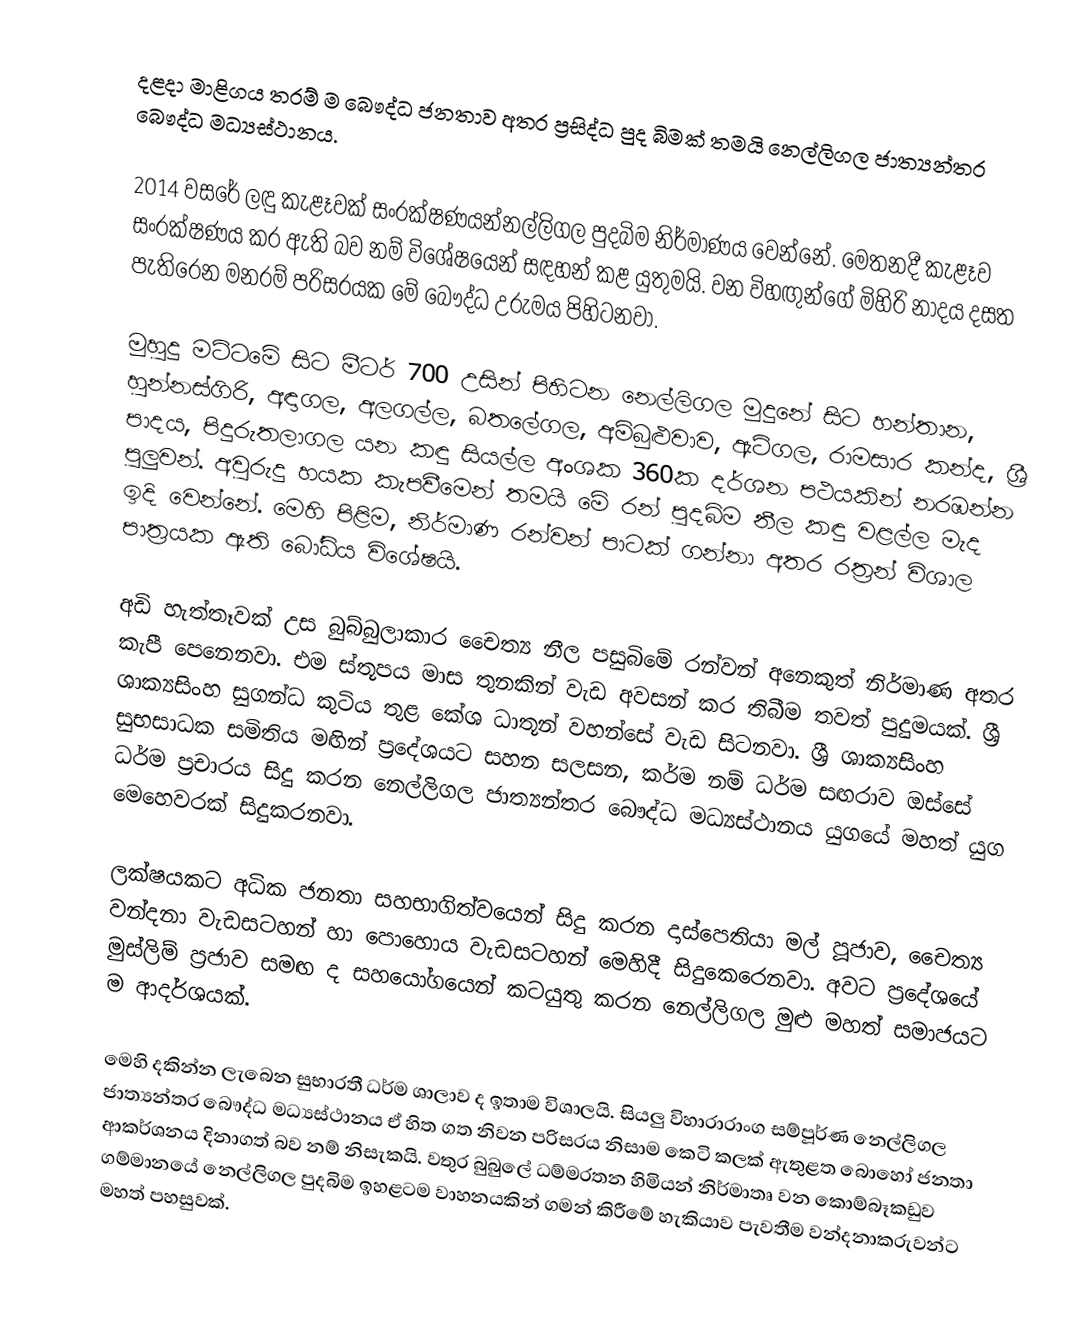
දළදා මාළිගය තරම් ම බෞද්ධ ජනතාව අතර ප්‍රසිද්ධ පුද බිමක් තමයි නෙල්ලිගල ජාත්‍යන්තර බෞද්ධ මධ්‍යස්ථානය.

2014 වසරේ ලඳු කැළෑවක් සංරක්ෂණයන්නල්ලිගල පුදබිම නිර්මාණය වෙන්නේ. මෙතනදී කැළෑව සංරක්ෂණය කර ඇති බව නම් විශේෂයෙන් සඳහන් කළ යුතුමයි. වන විහඟුන්ගේ මිහිරි නාදය දසත පැතිරෙන මනරම් පරිසරයක මේ බෞද්ධ උරුමය පිහිටනවා.

මුහුදු මට්ටමේ සිට මීටර් 700 උසින් පිහිටන නෙල්ලිගල මුදුනේ සිට හන්තාන, හුන්නස්ගිරි, අඳාගල, අලගල්ල, බතලේගල, අම්බුළුවාව, ඇටිගල, රාමසාර කන්ද, ශ්‍රී පාදය, පිදුරුතලාගල යන කඳු සියල්ල අංශක 360ක දර්ශන පථයකින් නරඹන්න පුලුවන්. අවුරුදු හයක කැපවීමෙන් තමයි මේ රන් පුදබිම නීල කඳු වළල්ල මැද ඉදි වෙන්නේ. මෙහි පිළිම, නිර්මාණ රන්වන් පාටක් ගන්නා අතර රත්‍රන් විශාල පාත්‍රයක ඇති බෝධිය විශේෂයි.

අඩි හැත්තෑවක් උස බුබ්බුලාකාර චෛත්‍ය නීල පසුබිමේ රන්වන් අනෙකුත් නිර්මාණ අතර කැපී පෙනෙනවා. එම ස්තූපය මාස තුනකින් වැඩ අවසන් කර තිබීම තවත් පුදුමයක්. ශ්‍රී ශාක්‍යසිංහ සුගන්ධ කුටිය තුළ කේශ ධාතූන් වහන්සේ වැඩ සිටනවා. ශ්‍රී ශාක්‍යසිංහ සුභසාධක සමිතිය මඟින් ප්‍රදේශයට සහන සලසන, කර්ම නම් ධර්ම සඟරාව ඔස්සේ ධර්ම ප්‍රචාරය සිදු කරන නෙල්ලිගල ජාත්‍යන්තර බෞද්ධ මධ්‍යස්ථානය යුගයේ මහත් යුග මෙහෙවරක් සිදුකරනවා.

ලක්ෂයකට අධික ජනතා සහභාගිත්වයෙන් සිදු කරන දාස්පෙතියා මල් පූජාව, චෛත්‍ය වන්දනා වැඩසටහන් හා පොහොය වැඩසටහන් මෙහිදී සිදුකෙරෙනවා. අවට ප්‍රදේශයේ මුස්ලිම් ප්‍රජාව සමඟ ද සහයෝගයෙන් කටයුතු කරන නෙල්ලිගල මුළු මහත් සමාජයට ම ආදර්ශයක්.

මෙහි දකින්න ලැබෙන සුභාරතී ධර්ම ශාලාව ද ඉතාම විශාලයි. සියලු විහාරාරාංග සම්පූර්ණ නෙල්ලිගල ජාත්‍යන්තර බෞද්ධ මධ්‍යස්ථානය ඒ හිත ගත නිවන පරිසරය නිසාම කෙටි කලක් ඇතුළත බොහෝ ජනතා ආකර්ශනය දිනාගත් බව නම් නිසැකයි. වතුර බුබුලේ ධම්මරතන හිමියන් නිර්මාතෘ වන කොම්බෑකඩුව ගම්මානයේ නෙල්ලිගල පුදබිම ඉහළටම වාහනයකින් ගමන් කිරීමේ හැකියාව පැවතීම වන්දනාකරුවන්ට මහත් පහසුවක්.